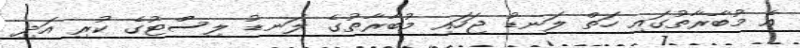
އެ މުބާރާތުގައި ހަތް ލަނޑު ޖަހައި މުބާރާތުގެ ލަނޑު ލިސްޓުގެ ކުރި އަދި